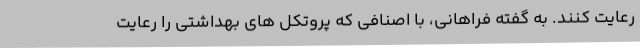
رعایت کنند. به گفته فراهانی، با اصنافی که پروتکل های بهداشتی را رعایت